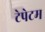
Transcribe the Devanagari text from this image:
टेपेटम